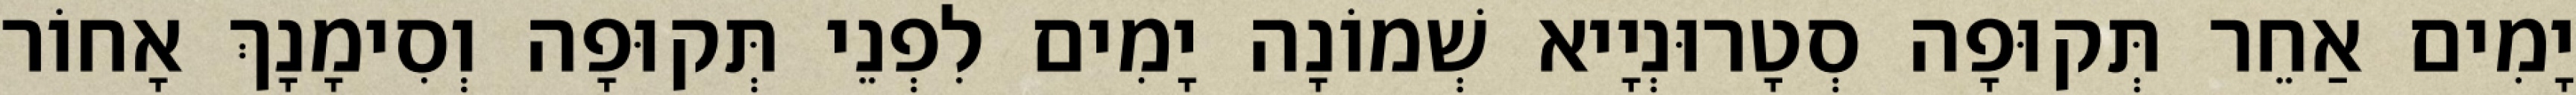
יָמִים אַחֵר תְּקוּפָה סְטָרוּנְיָיא שְׁמוֹנָה יָמִים לִפְנֵי תְּקוּפָה וְסִימָנָךְ אָחוֹר